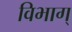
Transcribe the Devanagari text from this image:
विभाग्